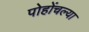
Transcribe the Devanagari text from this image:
पोहोंचल्या